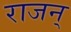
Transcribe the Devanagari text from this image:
राजन्‌